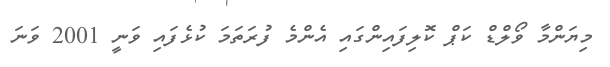
މިޔަންމާ ވޯލްޑް ކަޕް ކޮލިފައިންގައި އެންމެ ފުރަތަމަ ކުޅެފައި ވަނީ 2001 ވަނަ